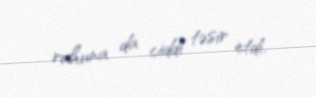
ruhuna da ciddi təsir etdi.